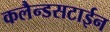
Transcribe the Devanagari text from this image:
कलैन्डसटाईन